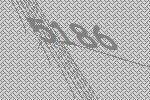
5186